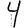
Digit: 4